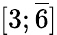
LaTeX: [3;{\overline{{6}}}]